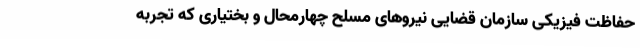
حفاظت فیزیکی سازمان قضایی نیروهای مسلح چهارمحال و بختیاری که تجربه